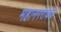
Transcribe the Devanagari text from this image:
महानगरांकडे